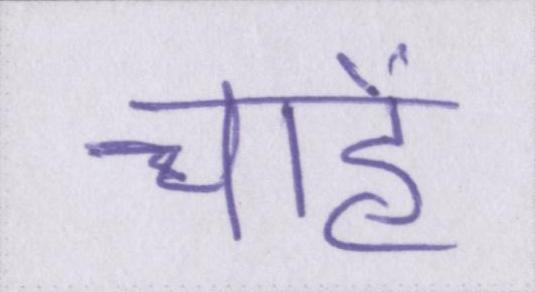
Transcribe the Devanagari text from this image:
चाहें